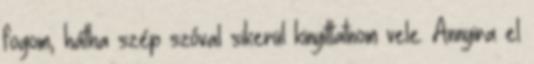
fogom, hátha szép szóval sikerül kinyittatnom vele. Annyira el